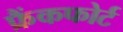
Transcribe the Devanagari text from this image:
फ्रैंकफोर्ट